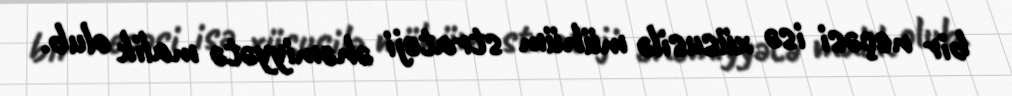
bir neçəsi isə xüsusilə mühüm strateji əhəmiyyətə malik olub.